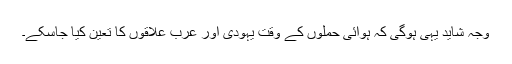
وجہ شاید یہی ہوگی کہ ہوائی حملوں کے وقت یہودی اور عرب علاقوں کا تعین کیا جاسکے۔